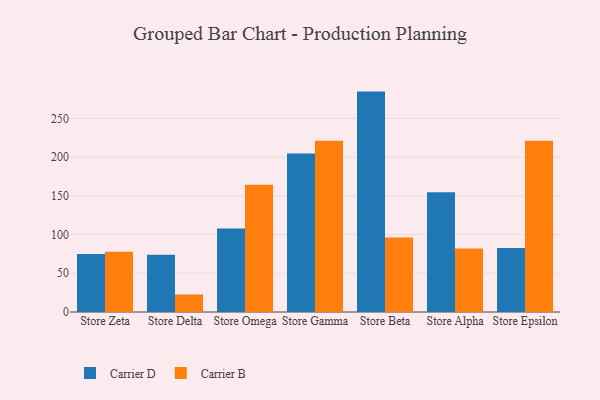
{"axis": {"x": "Store", "y": "Temperature (°C)"}, "legend": ["Carrier B", "Carrier D"], "data": [{"x": "Store Zeta", "y": 74.8, "type": "Carrier D"}, {"x": "Store Zeta", "y": 77.9, "type": "Carrier B"}, {"x": "Store Delta", "y": 73.8, "type": "Carrier D"}, {"x": "Store Delta", "y": 22.6, "type": "Carrier B"}, {"x": "Store Omega", "y": 107.9, "type": "Carrier D"}, {"x": "Store Omega", "y": 164.2, "type": "Carrier B"}, {"x": "Store Gamma", "y": 204.7, "type": "Carrier D"}, {"x": "Store Gamma", "y": 221.1, "type": "Carrier B"}, {"x": "Store Beta", "y": 284.6, "type": "Carrier D"}, {"x": "Store Beta", "y": 96.3, "type": "Carrier B"}, {"x": "Store Alpha", "y": 154.6, "type": "Carrier D"}, {"x": "Store Alpha", "y": 81.9, "type": "Carrier B"}, {"x": "Store Epsilon", "y": 82.8, "type": "Carrier D"}, {"x": "Store Epsilon", "y": 221.2, "type": "Carrier B"}]}